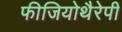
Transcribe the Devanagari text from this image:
फीजियोथैरेपी